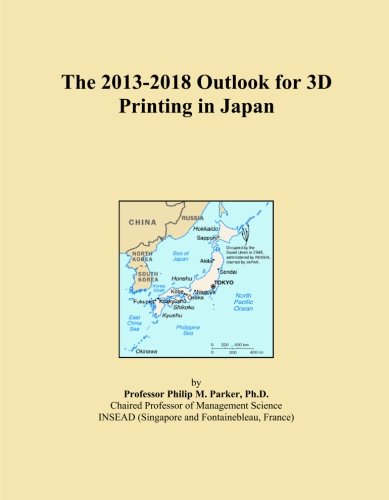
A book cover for The 2013-2018 Outlook for 3D Printing in Japan; Icon Group International; Computers & Technology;